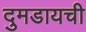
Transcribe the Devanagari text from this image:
दुमडायची